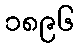
၁၈၉၆